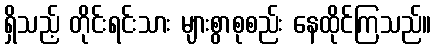
ရှိသည့် တိုင်းရင်းသား များစွာစုစည်း နေထိုင်ကြသည်။